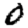
Digit: 0